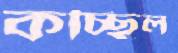
কচ্ছিল